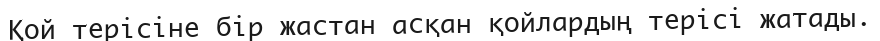
Қой терісіне бір жастан асқан қойлардың терісі жатады.